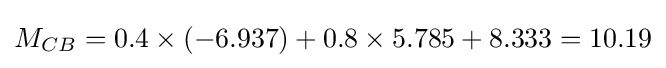
M_{CB}=0.4\times \left(-6.937\right)+0.8\times 5.785+8.333=10.19